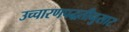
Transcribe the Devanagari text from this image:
उच्चारणपद्धतीनुसार